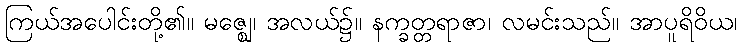
ကြယ်အပေါင်းတို့၏။ မဇ္ဈေ၊ အလယ်၌။ နက္ခတ္တရာဇာ၊ လမင်းသည်။ အာပူရိဝိယ၊